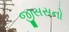
જીસસનો